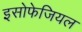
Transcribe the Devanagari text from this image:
इसोफेजियल